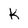
Character: K